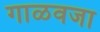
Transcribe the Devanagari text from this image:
गाळवजा